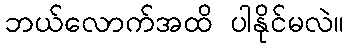
ဘယ်လောက်အထိ ပါနိုင်မလဲ။